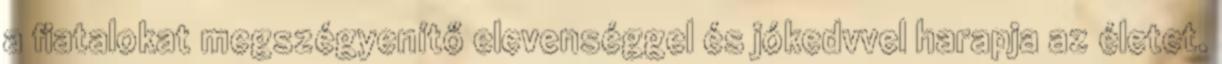
a fiatalokat megszégyenítő elevenséggel és jókedvvel harapja az életet.